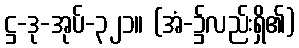
ဋ္ဌ-ဒု-အုပ်-၃၂၁။ (အံ-၌လည်းရှိ၏)